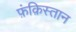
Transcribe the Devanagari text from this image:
फ़ंक़िस्तान